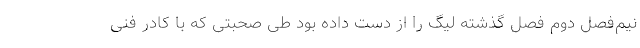
نیم‌فصل دوم فصل گذشته لیگ را از دست داده بود طی صحبتی که با کادر فنی